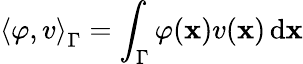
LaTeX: \left\langle\varphi,v\right\rangle_{\Gamma}=\int_{\Gamma}\varphi(\mathbf{x})v(\mathbf{x})\, \mathrm{d}\mathbf{x}